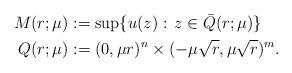
LaTeX: \begin{align*}M(r;\mu) &:= \sup\{u(z):\, z\in \bar Q(r;\mu)\}\\Q(r;\mu) &:= (0,\mu r)^n \times (-\mu\sqrt{r},\mu\sqrt{r})^m.\end{align*}